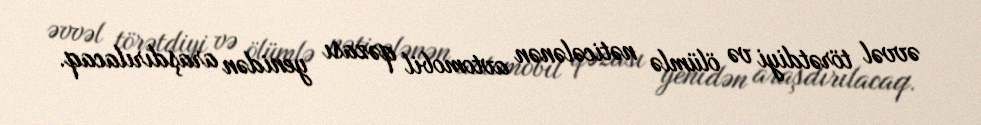
əvvəl törətdiyi və ölümlə nəticələnən avtomobil qəzası yenidən araşdırılacaq.